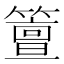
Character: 䉡